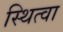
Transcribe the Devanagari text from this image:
स्थित्वा